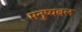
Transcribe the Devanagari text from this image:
मनुष्यबल